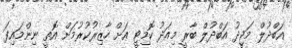
އަބްދުލް މަޖީދު އަބްދުލް ބާރީ މިއަދު ކޮމިޓީ އަށް ހާޒިރުކުރުމަށް އޮތީ ނިންމައިފަ